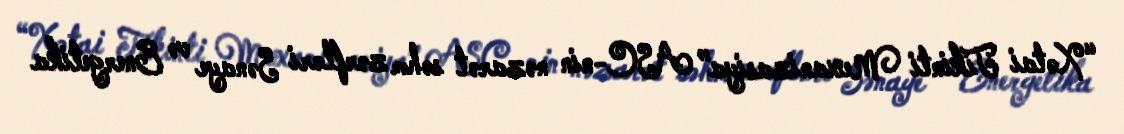
“Xətai Tikinti Mexanizasiya” ASC-nin nəzarət səhm zərfləri Sənaye və Energetika